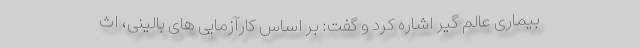
بیماری عالم گیر اشاره کرد و گفت: بر اساس کارآزمایی های بالینی، اث